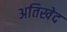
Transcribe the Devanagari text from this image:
अतिखेद